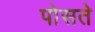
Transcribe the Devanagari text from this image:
पोसते